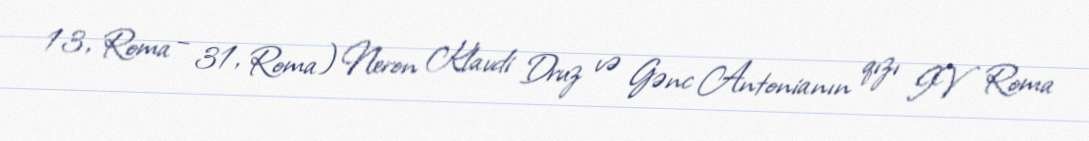
13, Roma – 31, Roma) Neron Klavdi Druz və Gənc Antonianın qızı IV Roma